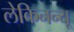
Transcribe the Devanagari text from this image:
लेकिनन्यू